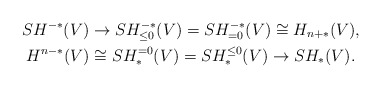
\begin{gather*} SH^{-*}(V)\to SH^{-*}_{\leq 0}(V) = SH^{-*}_{=0}(V)\cong H_{n+*}(V), \cr H^{n-*}(V) \cong SH_*^{=0}(V) = SH_*^{\leq 0}(V) \to SH_*(V).\end{gather*}